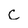
Character: C